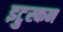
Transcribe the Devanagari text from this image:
इट्रुस्कन